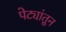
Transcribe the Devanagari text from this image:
पेट्यांतून